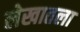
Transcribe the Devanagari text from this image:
लेखातला